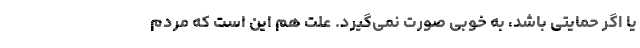
یا اگر حمایتی باشد، به خوبی صورت نمی‌گیرد. علت هم این است که مردم